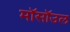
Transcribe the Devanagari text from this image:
मॉसॉउल